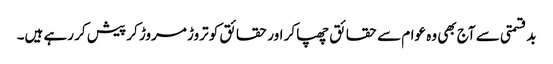
بدقسمتی سے آج بھی وہ عوام سے حقائق چھپا کر اور حقائق کو تروڑ مروڑ کر پیش کر رہے ہیں۔